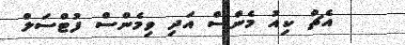
އެޗް ކިއު މެންސް އަދި ވިމެންސް ފުޓްސަލް